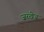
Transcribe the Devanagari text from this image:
ज़रखेज़